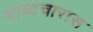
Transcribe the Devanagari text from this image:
भाष्टचारास